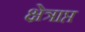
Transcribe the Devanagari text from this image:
क्षेत्राप्त